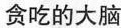
贪吃的大脑